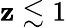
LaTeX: \mathbf{z}\lesssim1